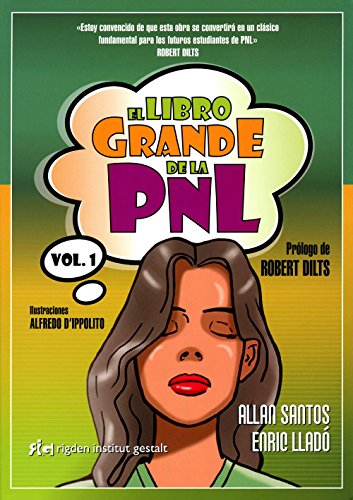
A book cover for El Libro Grande De La PNL / The Big Book Of NLP (Spanish Edition); Enric LladÃ³ Micheli; Self-Help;